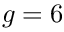
g = 6